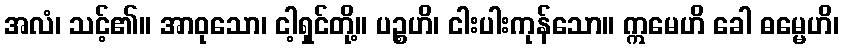
အလံ၊ သင့်၏။ အာဝုသော၊ ငါ့ရှင်တို့။ ပဉ္စဟိ၊ ငါးပါးကုန်သော။ ဣမေဟိ ခေါ ဓမ္မေဟိ၊